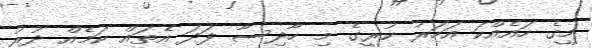
މީގެ ހައެއްކަ އަހަރު ކުރީގެ މި ހާދިސާ ފަދަ އެތައް ކަމެއް ދުރު